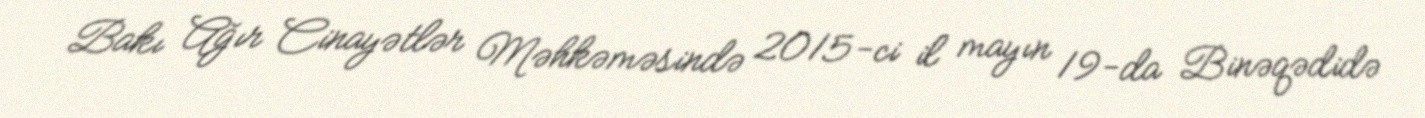
Bakı Ağır Cinayətlər Məhkəməsində 2015-ci il mayın 19-da Binəqədidə